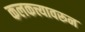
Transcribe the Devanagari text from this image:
कलकत्त्यावरून